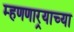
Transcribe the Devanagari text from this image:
म्हणणार्‍याच्या